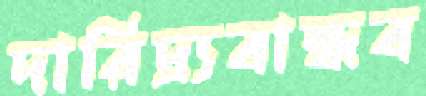
দারিদ্র্যবান্ধব